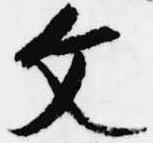
文